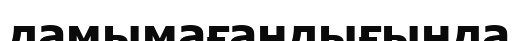
дамымағандығында